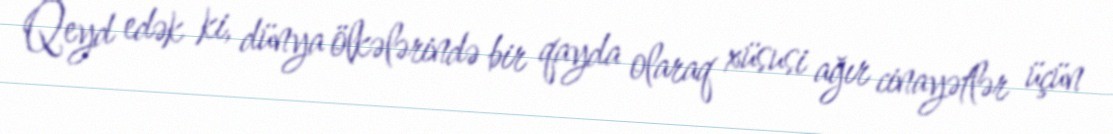
Qeyd edək ki, dünya ölkələrində bir qayda olaraq xüsusi ağır cinayətlər üçün